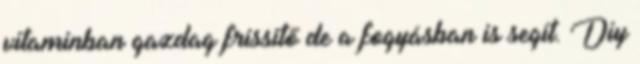
vitaminban gazdag frissítő de a fogyásban is segít. Diy